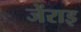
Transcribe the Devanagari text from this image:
जेंराइ